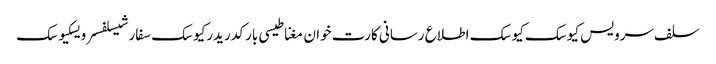
سلف سرویس کیوسک کیوسک اطلاع رسانی کارت خوان مغناطیسی بارکد ریدرکیوسک سفارشیسلفسرویسکیوسک